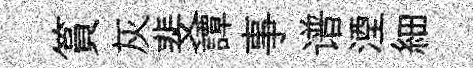
篔灰斐譚事谱湮細